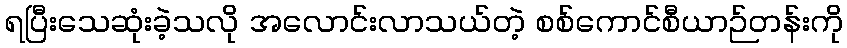
ရပြီးသေဆုံးခဲ့သလို အလောင်းလာသယ်တဲ့ စစ်ကောင်စီယာဉ်တန်းကို